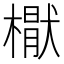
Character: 𣚕